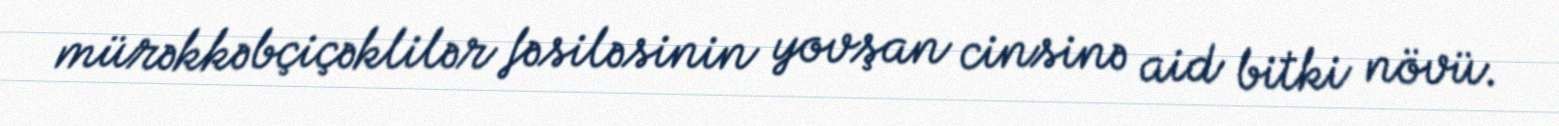
mürəkkəbçiçəklilər fəsiləsinin yovşan cinsinə aid bitki növü.